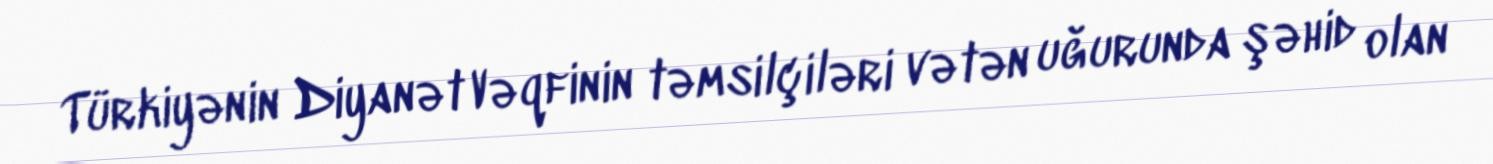
Türkiyənin Diyanət Vəqfinin təmsilçiləri vətən uğurunda şəhid olan